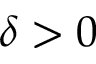
\delta > 0